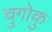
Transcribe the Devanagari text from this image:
चुगोकु